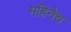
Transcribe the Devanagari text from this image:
महिनेच